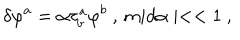
LaTeX: \delta \varphi ^ { a } = \alpha \tau _ { b } ^ { a } \varphi ^ { b } \ , \, m i d \alpha \mid < < 1 \ ,